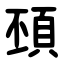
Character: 䪹